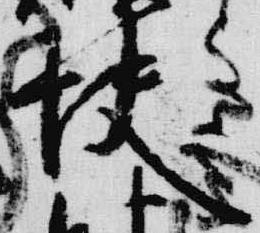
快